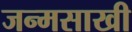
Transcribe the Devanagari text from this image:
जन्मसाखी